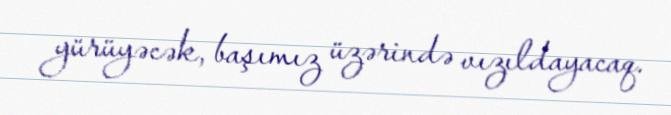
yürüyəcək, başımız üzərində vızıldayacaq.